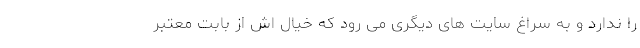
را ندارد و به سراغ سایت های دیگری می رود که خیال اش از بابت معتبر